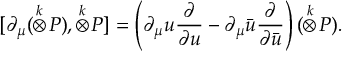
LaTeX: [ \partial _ { \mu } ( \stackrel { k } { \otimes } \! P ) , \stackrel { k } { \otimes } \! P ] = \left( \partial _ { \mu } u \frac { \partial } { \partial u } - \partial _ { \mu } \bar { u } \frac { \partial } { \partial \bar { u } } \right) ( \stackrel { k } { \otimes } \! P ) .